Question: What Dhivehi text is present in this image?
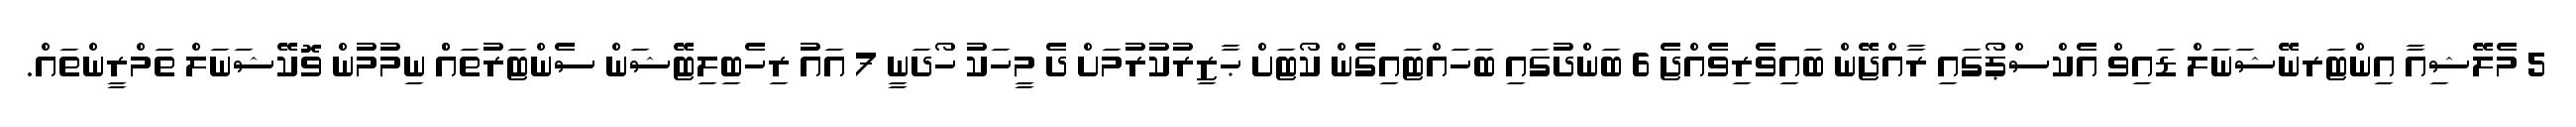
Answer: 5 މެލޭޝިއާ އިންޓަރނޭޝަނަލް ޑައިވް އެކްސްޕޯގައި ރާއްޖޭން ބައިވެރިވެއްޖެ 6 ބަންދުގައި ބަހައްޓައިގެން ކޯޓަށް ޙާޒިރުކުރުމަށް ދެ މީހަކު ހޯދަނީ 7 އައު ރިހެބިލިޓޭޝަން ސެންޓަރުތައްް ނިމުމުން ވޮކޭޝަނަލް ތަމްރީންތައް.